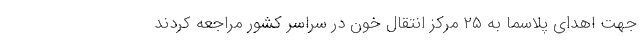
جهت اهدای پلاسما به ۲۵ مرکز انتقال خون در سراسر کشور مراجعه کردند